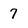
Character: 7